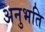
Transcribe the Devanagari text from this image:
अनुभति